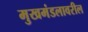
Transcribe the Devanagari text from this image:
मुखमंडलावरील